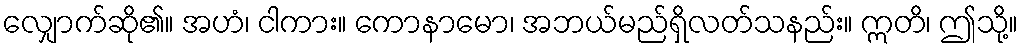
လျှောက်ဆို၏။ အဟံ၊ ငါကား။ ကောနာမော၊ အဘယ်မည်ရှိလတ်သနည်း။ ဣတိ၊ ဤသို့။